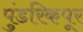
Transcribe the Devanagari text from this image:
पुंडरिकपूर